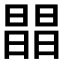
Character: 𣊭